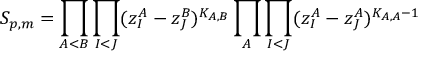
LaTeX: S _ { p , m } = \prod _ { A < B } \prod _ { I < J } ( z _ { I } ^ { A } - z _ { J } ^ { B } ) ^ { K _ { A , B } } \prod _ { A } \prod _ { I < J } ( z _ { I } ^ { A } - z _ { J } ^ { A } ) ^ { K _ { A , A } - 1 }